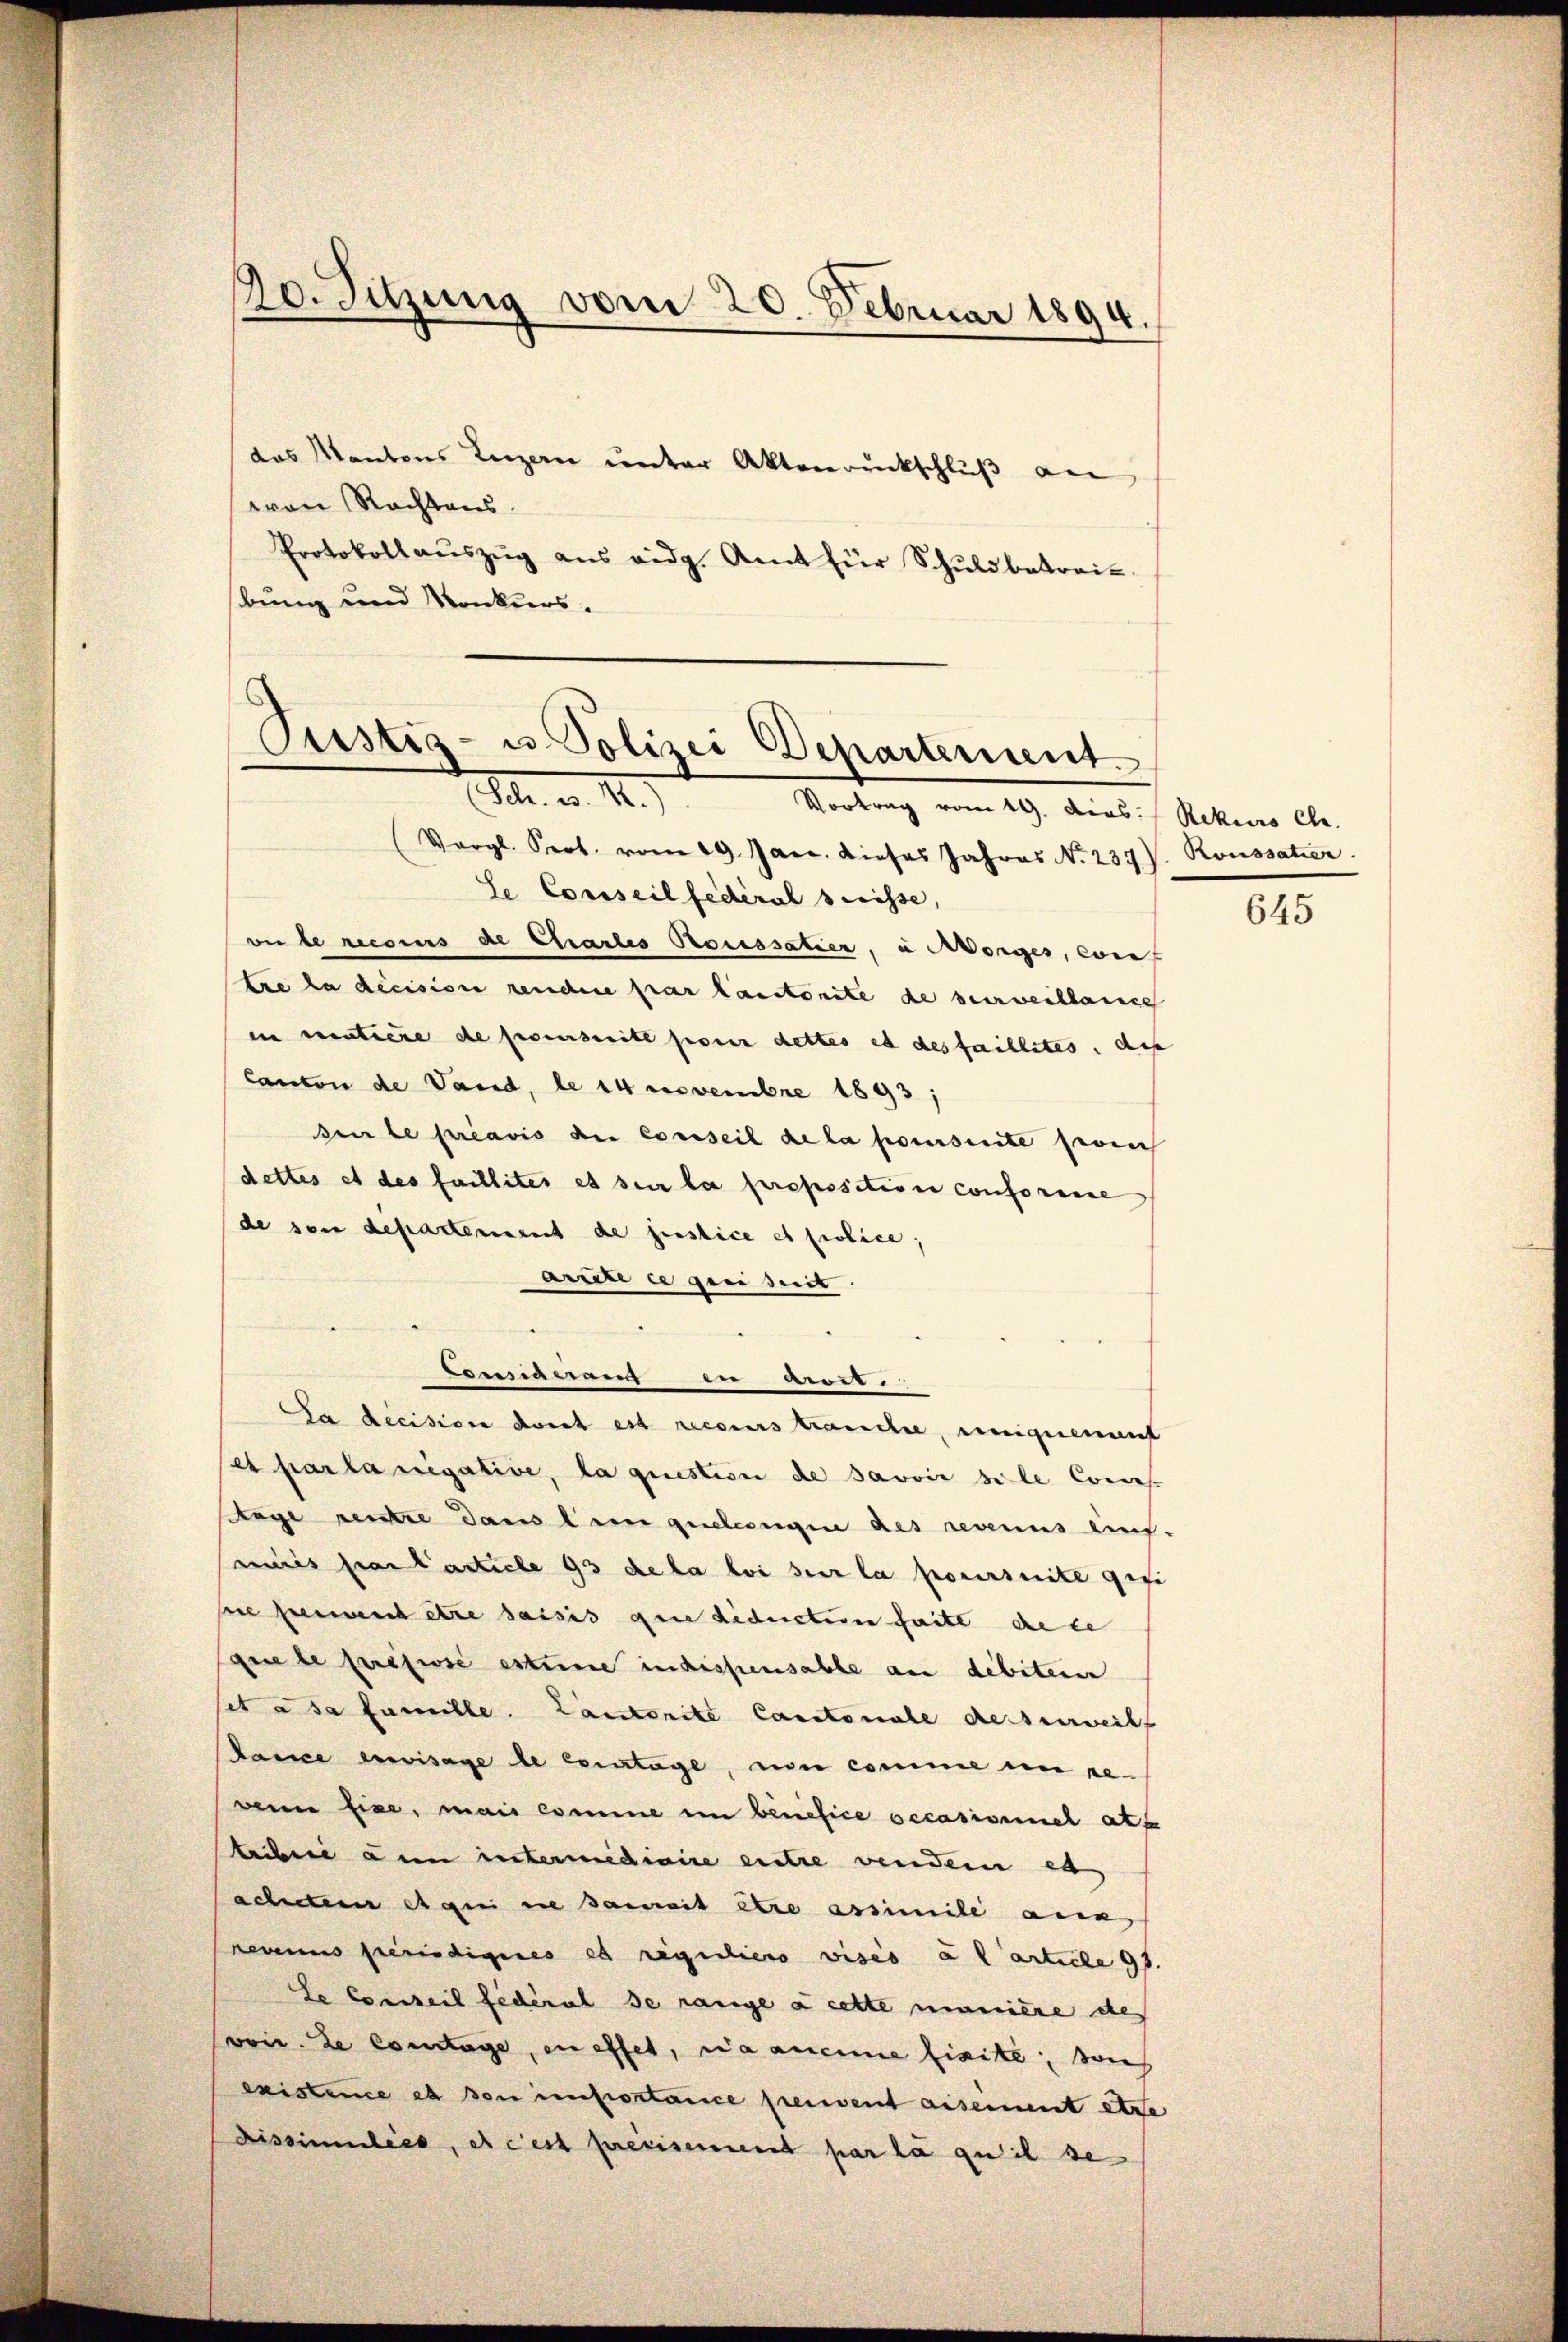
10. Sitzung vom 20. Februar 1894.

das Kantons Luzern unter Aktenrückschluß an
von Rechtens
Protokoll aŭszŭg ans eidg. Amt für Schŭldbetreit
bung und Konkurs.

Justiz- u. Polizei Departement.
lr. a. 12.
Vortrag vom 19. Dios. Rekurs ele.

(Vergl. Sept. vom 19. Jac. dieses Jahres No. 237 J. Roussatier.
Se Conseil fédéral Preisse,
on berecsens de Chartes Proussatier, alsorges, conf
tre la decision reuchere par lautorite de verweitlang
in matiere de proverseite pour cettes et des faillites, de
Canton de Vaud, le 14 Novembre 1893,
sur le préavis die Conseil de la poursuite proch
dettes et des faillites es sur la propositiven conformnne
de son departement de justice et police,
arari ee gen mit
Censiarrang der beres.
Ga decision dort est recours trauche, einignement
et par la negative, la question de savoir si le Conces.
ege rentre dans le quellengen des revenus aus-
miis par l’article 95 de la loi sur la poursuite gesi
sie seinen etwa saisis que deducteren faite de le
que le prisisse estimme indissensable an debiter
set à sa famille. Landerite Cantonale desserweiht
Panne envisage de contage, von comme in reweine fixe, mais comme in benefice occasionnel att
teiben an intermidiaire entre vendern es
achter eigen in damit stre assimile an
Levenus perindigeres et reguliers vises as article 95.
Le Conseil fédéral se range à cette manière des
von. Le contage, en effet, wa aneine fixite; sie
existence es von improsaisce preuvent eiseiment etze
Fissimilées, et cest previsement par la quil se

645